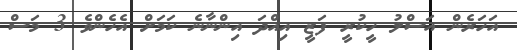
އަހަރެން އަސްލު ހީކުރީ ފަޒީ އިއްދަ އިންނާނެ ކަމަށް އެހެންވެ 3 މަސް